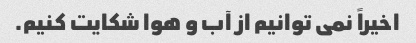
اخیراً نمی توانیم از آب و هوا شکایت کنیم.